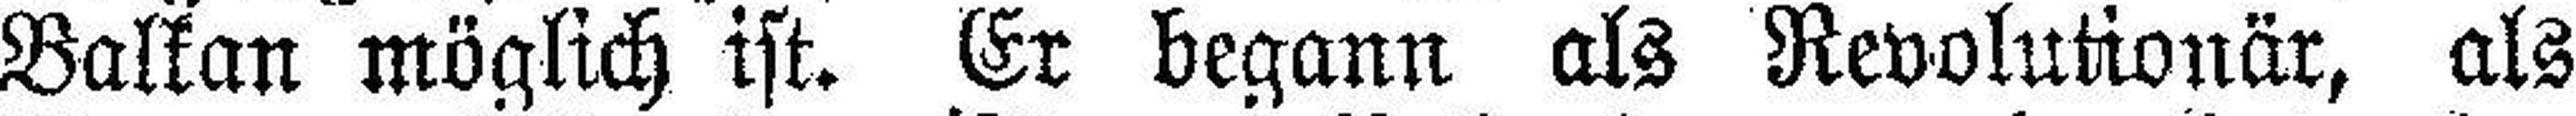
Balkan möglich ist. Er begann als Revolutionär, als